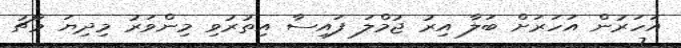
އަހަރުން އަހަރަށް ބަލާ އިރު ޖުމްލަ ފައިސާ އިތުރުވި މިންވަރު މިދިޔަ މާޗު